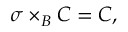
\sigma \times _ { B } { \cal { C } } = { \cal { C } } ,